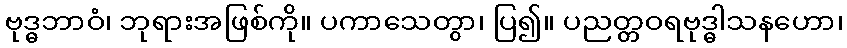
ဗုဒ္ဓဘာဝံ၊ ဘုရားအဖြစ်ကို။ ပကာသေတွာ၊ ပြ၍။ ပညတ္တဝရဗုဒ္ဓါသနဟော၊